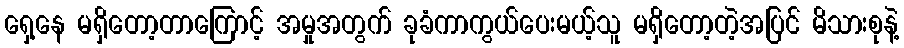
ရှေ့နေ မရှိတော့တာကြောင့် အမှုအတွက် ခုခံကာကွယ်ပေးမယ့်သူ မရှိတော့တဲ့အပြင် မိသားစုနဲ့